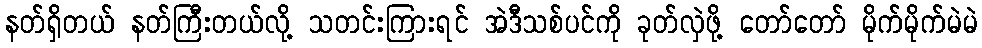
နတ်ရှိတယ် နတ်ကြီးတယ်လို့ သတင်းကြားရင် အဲဒီသစ်ပင်ကို ခုတ်လှဲဖို့ တော်တော် မိုက်မိုက်မဲမဲ